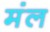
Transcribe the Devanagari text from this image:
मंल